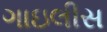
ગાઇલીસ